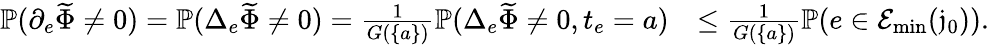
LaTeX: \begin{array}{rl}{\mathbb{P}(\partial_{e}\widetilde{\Phi}\ne 0)=\mathbb{P}(\Delta_{e}\widetilde{\Phi}\ne 0)=\frac{1}{G(\{ a\} )}\mathbb{P}(\Delta_{e}\widetilde{\Phi}\ne 0,t_{e}=a)}&{\le\frac{1}{G(\{ a\} )}\mathbb{P}(e\in\mathcal{E}_{\operatorname*{min}}(\mathfrak j_{0})).}\end{array}